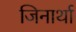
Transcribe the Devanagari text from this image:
जिनार्था